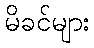
မိခင်များ